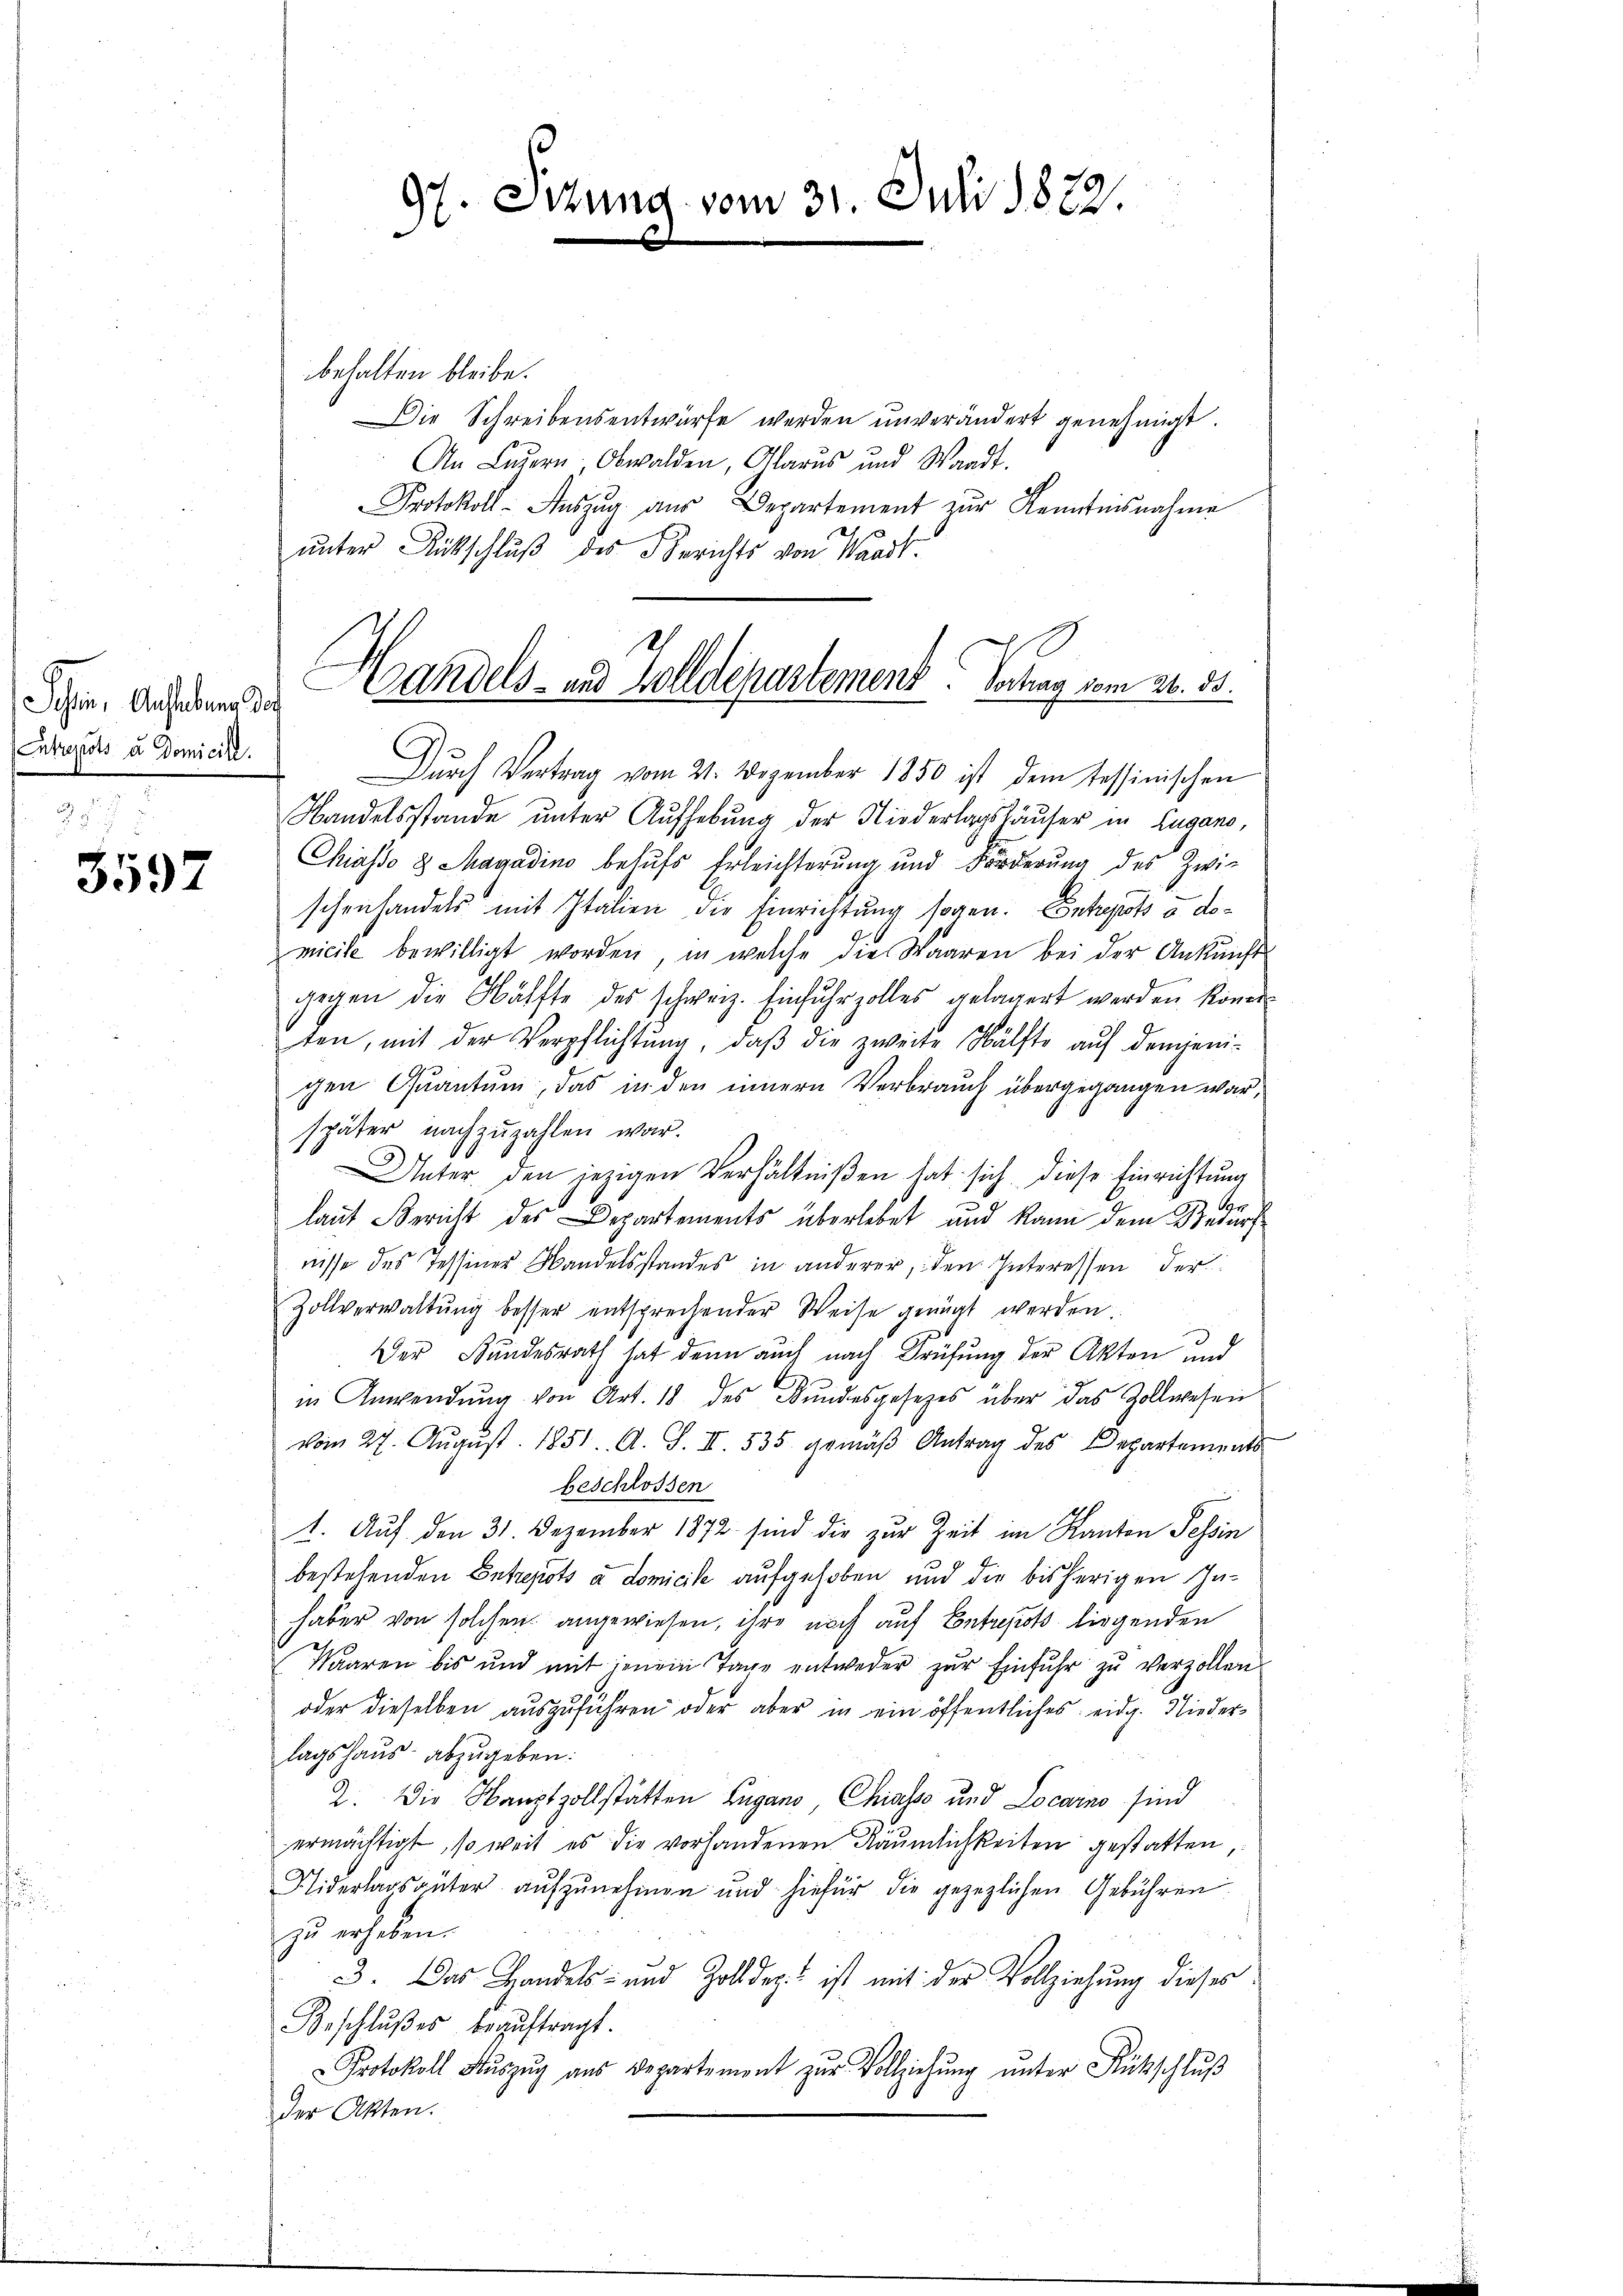
Schin, Anhebung der
Entregists u. Domicill.

5597

behalten bleibe.
Die Schreibensentwürfe werden unverändert genehmigt.
An Luzern. Obwalden, Glarus und Waadt.
Protokoll-Aŭszŭg aŭs Departement zŭr Kenntnisnahme
unter Rückschluß des Berichts von Waadt.
Durch Vertrag vom 21. Dezember 1850 ist dem tessinischen
Handelsstande unter Aufhebung der Niederlagshäuser in Lugano,
Chiasso 8 Magadino behufs Erleichterung und Forderŭng des Zwi-
schenhandels mit Italien die Einrichtung sogen. Entrepots u. domicile bewilligt worden, in welche die Waaren bei der Ankunft
gegen die Hälfte des schweiz. Einfuhrzolles gelagert werden können.
ten, mit der Verpflichtŭng, daβ die zweite Hälfte auf denjenigen Quantum, das in den innern Verbrauch übergegangen war,
später nachzuzahlen war.
Unter den jezigen Verhältnißen hat sich diese Einrichtung
laut Bericht des Departements überlebet und kann dem Bedürf
nisse des Tessiner Wandelsstandes in anderer, den Interessen der
Zollverwaltŭng besser entsprechender Weise genügt werden.
Der Bundesrath hat denn auch nach Prüfung der Akten und
in Anwendung von Art. 18 des Bundesgesetzes über das Zollwesen
vom 27. August 1851. A. S. II. 535. gemäß Antrag des Departements
beschlossen
1. Auf den 31. Dezember 1872 sind die zur Zeit im Kanton Tessin
bestehenden Entrepots à domicile aufgehoben und die bisherigen Inhaber von solchen angewiesen, ihre noch auf Entrepots liegenden
Waaren bis und mit jenem Tage entweder zŭr Einfuhr zu verzollen
oder dieselben auszuführen oder aber in ein öffentliches eidg. Niederlagshaus abzugeben:
2. Die Hauptzollstätten Lugano, Chiasso und Locarno sind
ermächtigt, so weit es die vorhandenen Räumlichkeiten gestatten,
Niderlagsgüter aufzunehmen und hiefür die gezeglichen Gebühren.
zu erheben.
3. Das Handels- und Zolldept ist mit der Vollziehung dieses
Beschlußes beauftragt.
Protokoll Aŭszŭg aŭs Departement zŭr Vollziehŭng ŭnter Rückschlŭβ
der Akten.

97. Sitzung vom 31. Juli 1872.

Handels- und Zolldepartement. Gang vom 20. 35.